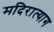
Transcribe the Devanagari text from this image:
मदिरात्याग